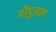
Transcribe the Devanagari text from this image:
पीपुलस